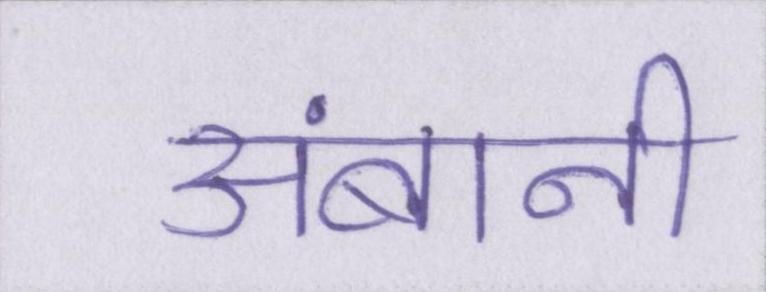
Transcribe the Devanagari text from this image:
अंबानी